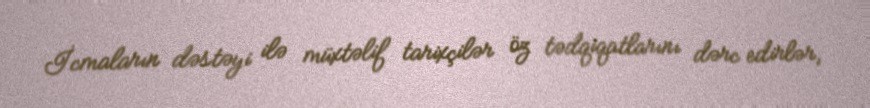
İcmaların dəstəyi ilə müxtəlif tarixçilər öz tədqiqatlarını dərc edirlər,